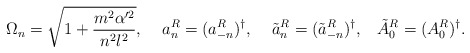
\begin{align*}\Omega_n=\sqrt{1+\frac{m^2\alpha'^2}{n^2 l^2}},\;\;\;\;a^R_n=(a^R_{-n})^{\dag},\;\;\;\;\tilde{a}^R_n=(\tilde{a}^R_{-n})^{\dag},\;\;\;\tilde{A}^R_0=(A^R_0)^{\dag}.\end{align*}